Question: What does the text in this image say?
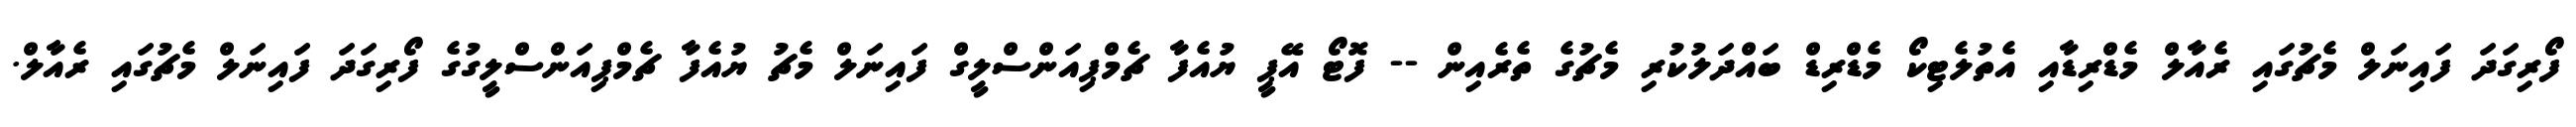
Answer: ފޯރިގަދަ ފައިނަލް މެޗުގައި ރެއާލް މެޑްރިޑާއި އެތުލެޓިކޯ މެޑްރިޑް ބައްދަލުކުރި މެޗުގެ ތެރެއިން -- ފޮޓޯ އޭޕީ ޔުއެފާ ޗެމްޕިއަންސްލީގް ފައިނަލް މެޗު ޔުއެފާ ޗެމްޕިއަންސްލީގުގެ ފޯރިގަދަ ފައިނަލް މެޗުގައި ރެއާލް.